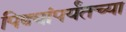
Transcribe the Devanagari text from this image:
पिढ्यांपर्यंतच्या